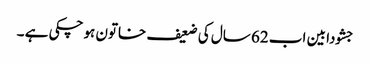
جشودا بین اب 62 سال کی ضعیف خاتون ہوچکی ہے ۔